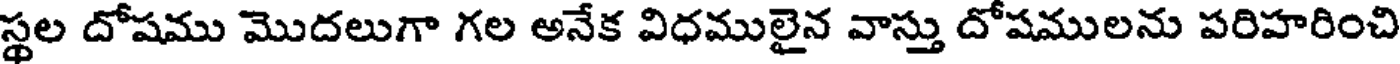
స్థల దోషము మొదలుగా గల అనేక విధములైన వాస్తు దోషములను పరిహరించి